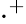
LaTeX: \cdot^{+}